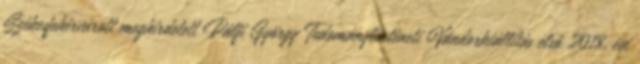
Székesfehérvárott meghirdetett Pálfi György Tudománytörténeti Vándorkiállítás első 2018. évi